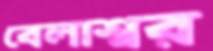
বেলাশ্বর